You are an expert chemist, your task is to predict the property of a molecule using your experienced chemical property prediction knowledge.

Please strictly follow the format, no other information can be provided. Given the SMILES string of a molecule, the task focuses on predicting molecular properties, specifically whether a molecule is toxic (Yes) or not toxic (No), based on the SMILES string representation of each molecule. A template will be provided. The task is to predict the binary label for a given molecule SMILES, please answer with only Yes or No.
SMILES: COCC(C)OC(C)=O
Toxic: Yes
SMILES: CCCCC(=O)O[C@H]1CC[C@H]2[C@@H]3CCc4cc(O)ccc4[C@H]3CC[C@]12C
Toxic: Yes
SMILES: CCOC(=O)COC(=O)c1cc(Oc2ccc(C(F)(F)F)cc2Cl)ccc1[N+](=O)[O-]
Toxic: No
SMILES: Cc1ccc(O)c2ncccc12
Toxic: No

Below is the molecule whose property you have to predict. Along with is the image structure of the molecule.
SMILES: CCOP(=S)(OCC)SCSP(=S)(OCC)OCC
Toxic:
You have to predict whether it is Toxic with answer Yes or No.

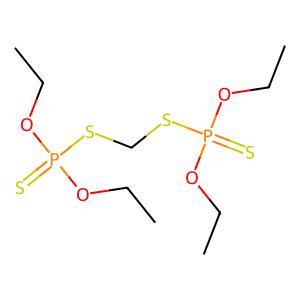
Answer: No